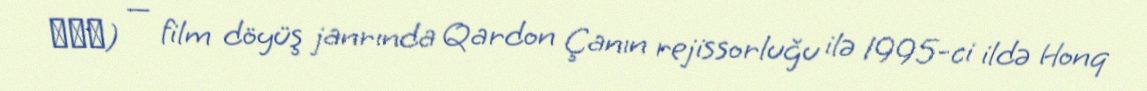
霹靂火) — film döyüş janrında Qardon Çanın rejissorluğu ilə 1995-ci ildə Honq